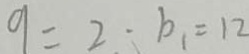
9 = 2 , b _ { 1 } = 1 2